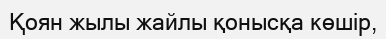
Қоян жылы жайлы қонысқа көшір,